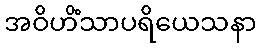
အဝိဟိံသာပရိယေသနာ